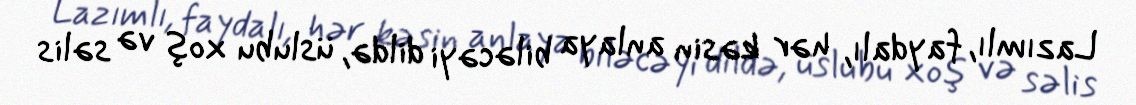
Lazımlı, faydalı, hər kəsin anlaya biləcəyi dildə, üslubu xoş və səlis